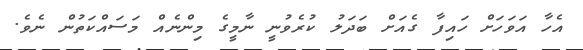
އެހާ އަވަހަށް ހައިފާ ގެއަށް ބަދަލު ކުރެވުނީ ނާމީގެ މިންނެއް މަސައްކަތުން ނެވެ.